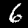
Label: 6